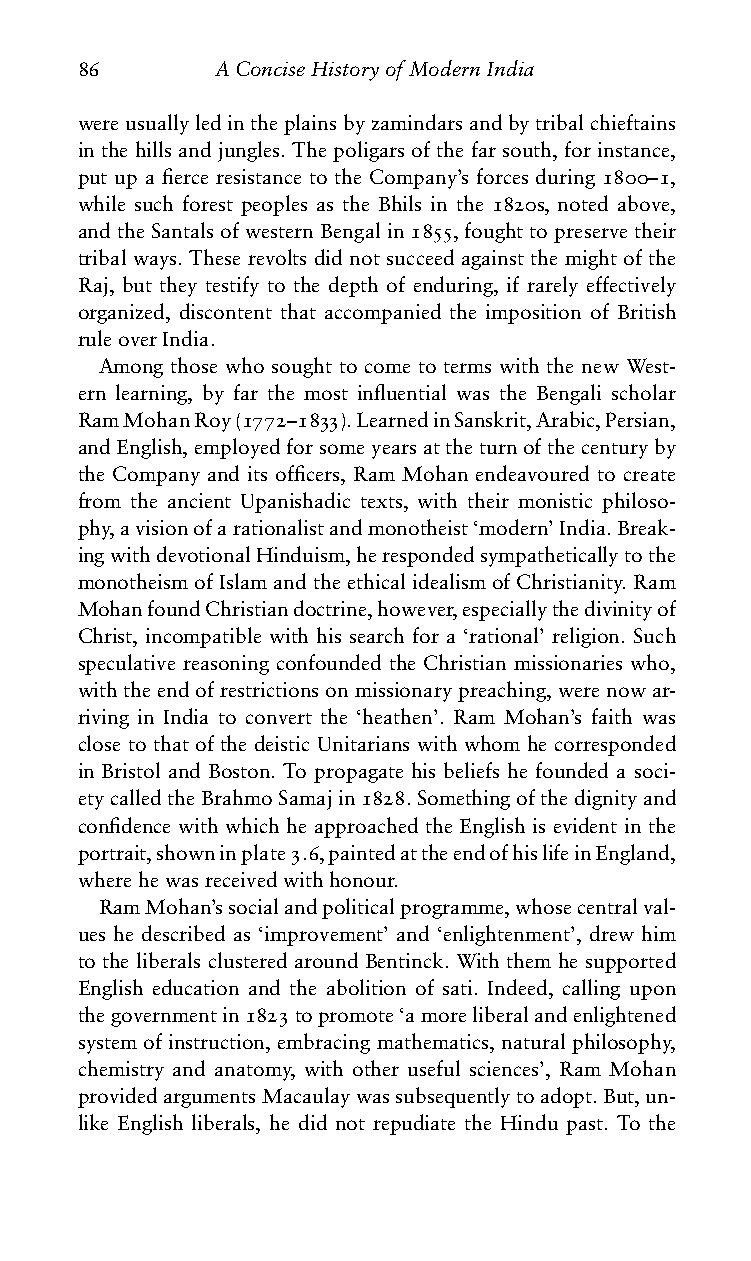
86       AConciseHistoryofModernIndia
 wereusuallyledintheplainsbyzamindarsandbytribalchieftains
 in the hills and jungles. The poligars of the far south, for instance,
 put up a fierce resistance to the Company’s forces during 1800–1,
 while such forest peoples as the Bhils in the 1820s, noted above,
 andtheSantalsofwesternBengalin1855,foughttopreservetheir
 tribal ways. These revolts did not succeed against the might of the
 Raj, but they testify to the depth of enduring, if rarely effectively
 organized, discontent that accompanied the imposition of British
 ruleoverIndia.
 Among those who sought to come to terms with the new West-
 ern learning, by far the most influential was the Bengali scholar
 RamMohanRoy(1772–1833).LearnedinSanskrit,Arabic,Persian,
 andEnglish,employedforsomeyearsattheturnofthecenturyby
 the Company and its officers, Ram Mohan endeavoured to create
 from the ancient Upanishadic texts, with their monistic philoso-
 phy,avisionofarationalistandmonotheist‘modern’India.Break-
 ingwithdevotionalHinduism,herespondedsympatheticallytothe
 monotheismofIslamandtheethicalidealismofChristianity.Ram
 MohanfoundChristiandoctrine,however,especiallythedivinityof
 Christ, incompatible with his search for a ‘rational’ religion. Such
 speculative reasoning confounded the Christian missionaries who,
 withtheendofrestrictionsonmissionarypreaching,werenowar-
 riving in India to convert the ‘heathen’. Ram Mohan’s faith was
 close to that of the deistic Unitarians with whom he corresponded
 in Bristol and Boston. To propagate his beliefs he founded a soci-
 etycalledtheBrahmoSamajin1828.Somethingofthedignityand
 confidence with which he approached the English is evident in the
 portrait,showninplate3.6,paintedattheendofhislifeinEngland,
 wherehewasreceivedwithhonour.
 RamMohan’ssocialandpoliticalprogramme,whosecentralval-
 ues he described as ‘improvement’ and ‘enlightenment’, drew him
 to the liberals clustered around Bentinck. With them he supported
 English education and the abolition of sati. Indeed, calling upon
 thegovernmentin1823topromote‘amoreliberalandenlightened
 systemofinstruction,embracingmathematics,naturalphilosophy,
 chemistry and anatomy, with other useful sciences’, Ram Mohan
 providedargumentsMacaulaywassubsequentlytoadopt.But,un-
 like English liberals, he did not repudiate the Hindu past. To the